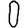
Digit: 0